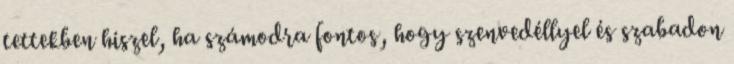
tettekben hiszel, ha számodra fontos, hogy szenvedéllyel és szabadon